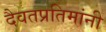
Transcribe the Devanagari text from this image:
दैवतप्रतिमांनी